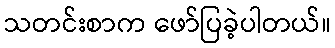
သတင်းစာက ဖော်ပြခဲ့ပါတယ်။